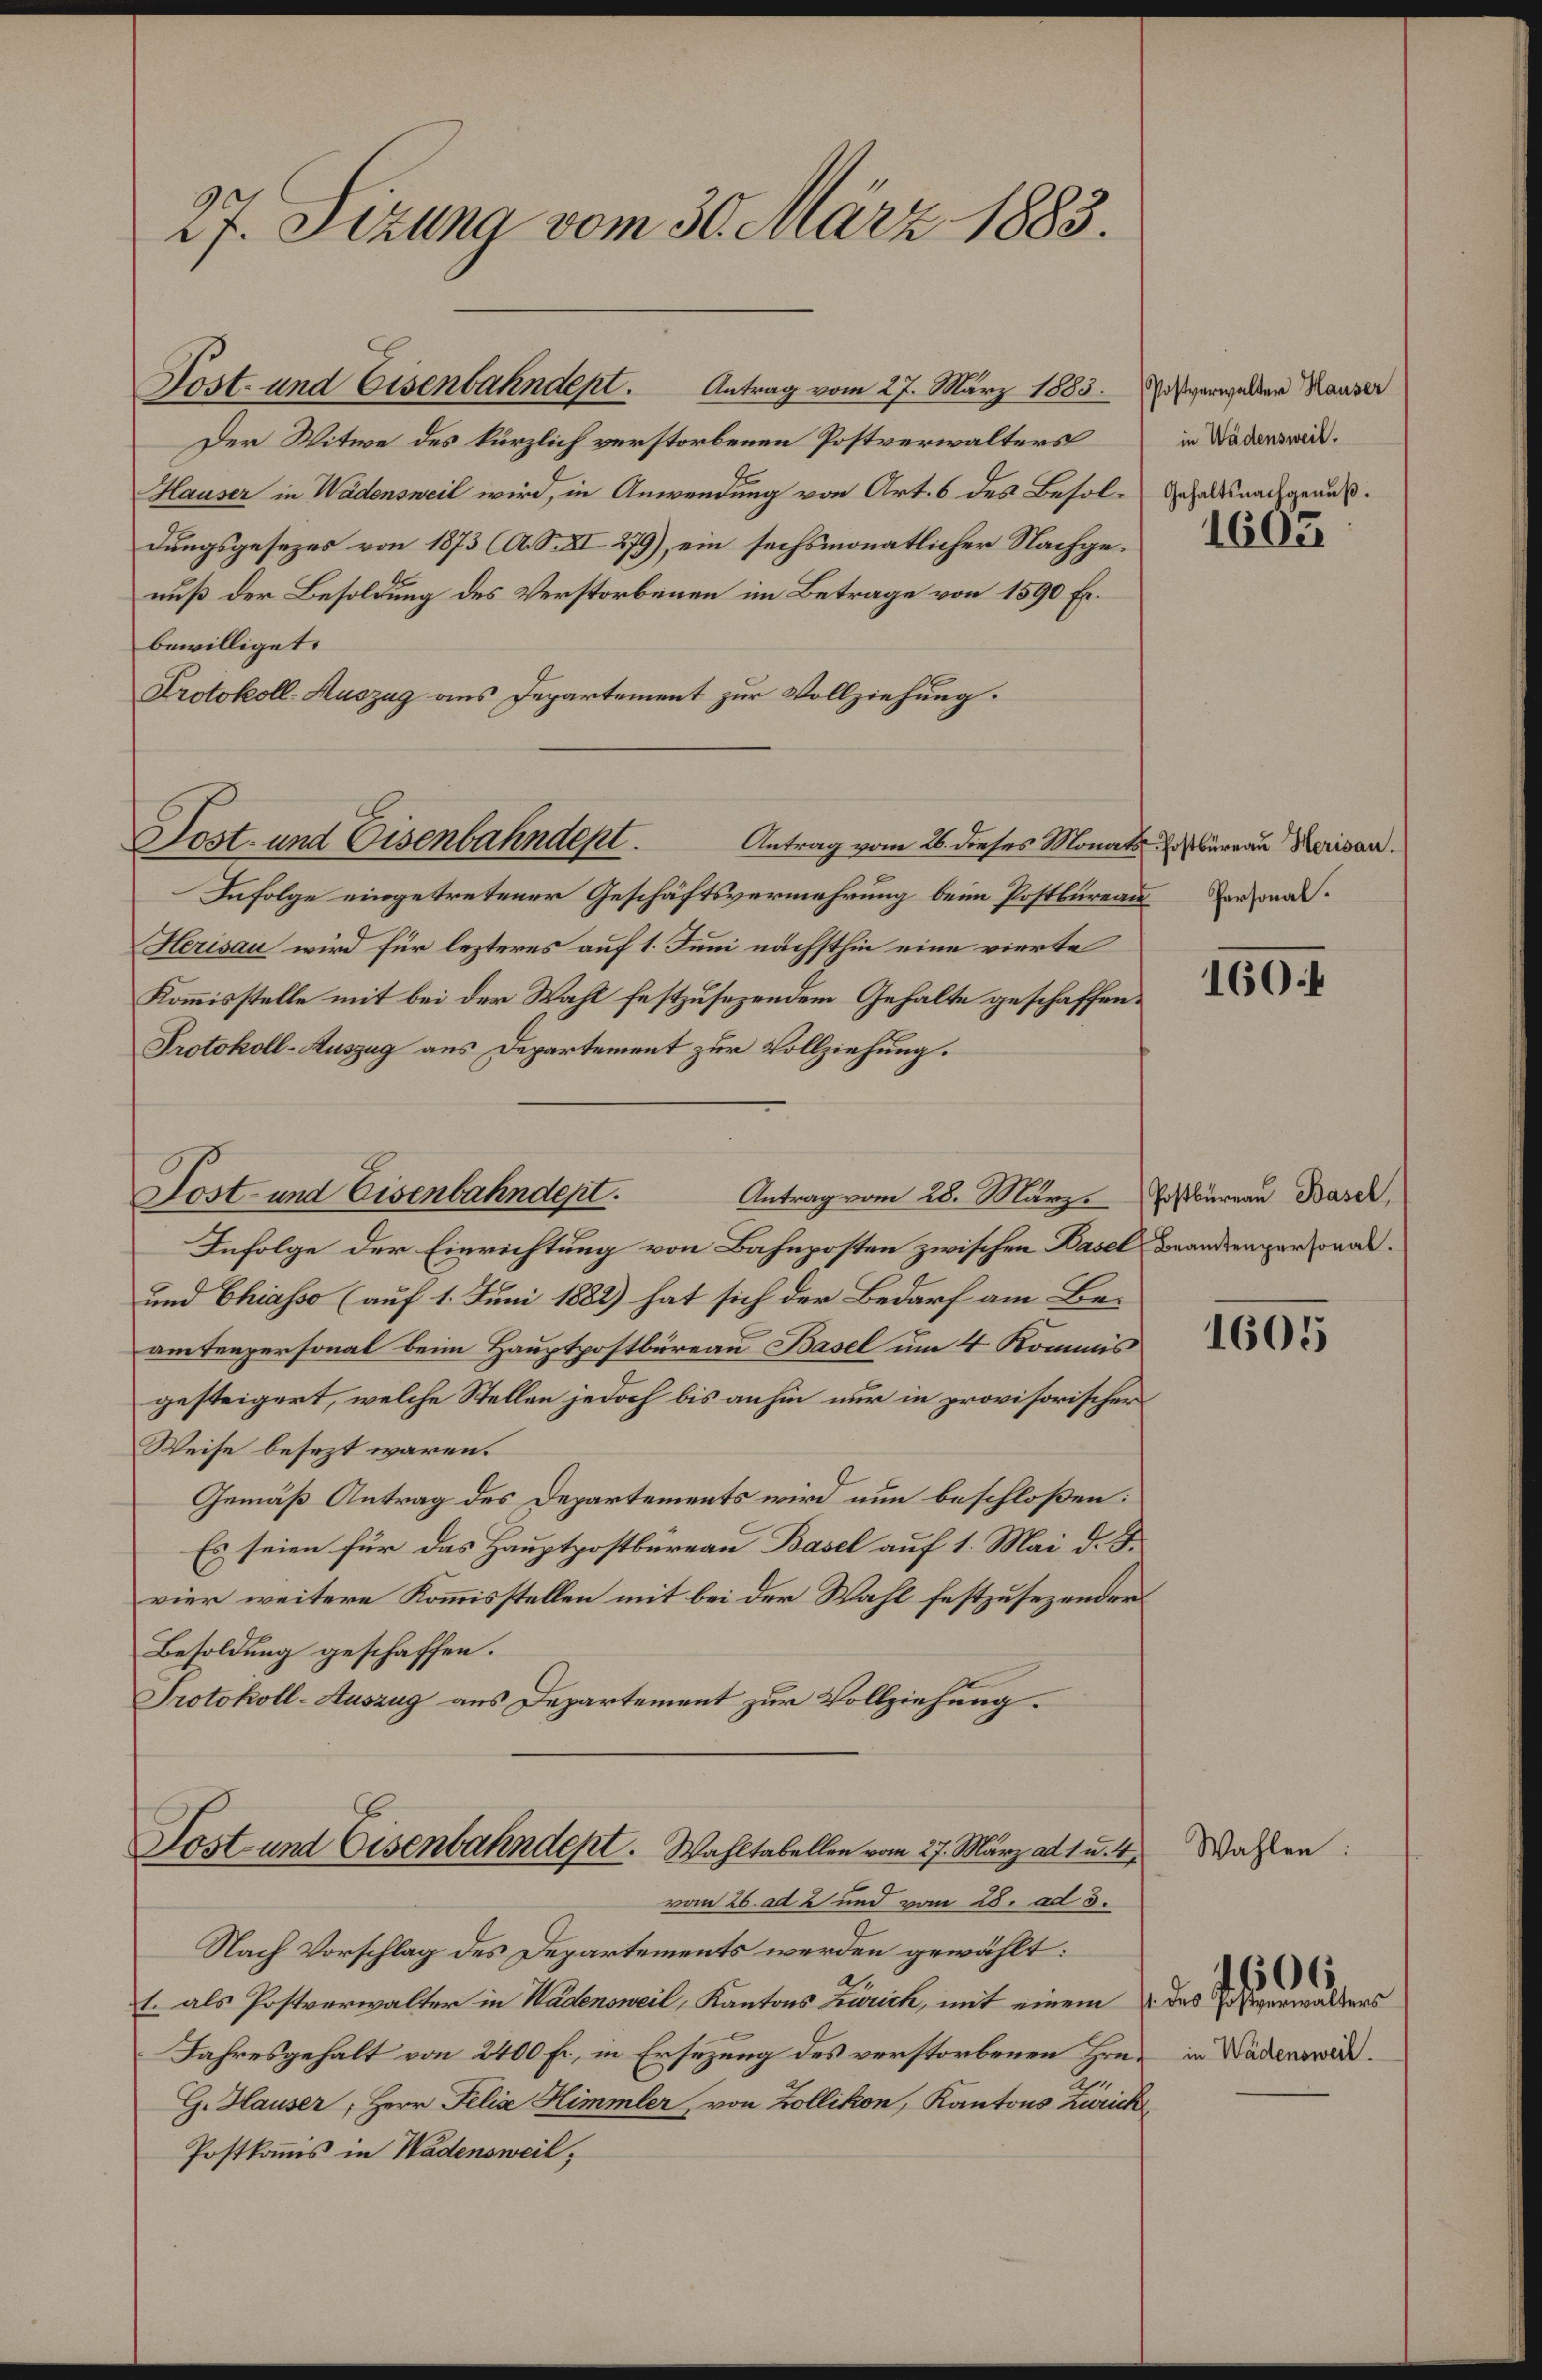
27. Sizung vom 30. März 1883.

Post- und Eisenbahndept.

Sost- und Eisenbahndept. Antrag vom 27. März 1885. verwendene Hauser
Der Witwe des kürzlich verstorbenen Postverwalters
Hauser in Wädensweil wird, in Anwendung von Art. 6 des Besol¬ dehaltsnach geäußdungsgesezes von 1873 (A. S. XI 279), ein sechsmonatlicher Nachgenuß der Besoldung des Verstorbenen im Betrage von 1590 Fr.
bewilliget.
Protokoll-Auszug aus Departement zur Vollziehung.
Antrag vom 26. dieses Monats Postbüreau Herisan.
Infolge eingetretener Geschäftsvermehrung beim Postbureau Verson
Herisau wird für lezteres auf 1. Juni nächsthin eine vierte
Kommisstelle mit bei der Wahl festzusezendem Gehalte geschaffen¬
Protokoll-Auszug aus Departement zur Vollziehung.
Sost- und Eisenbahndept.
Antrag vom 28. März.
Infolge der Einrichtung von Bahnposten zwischen Basel Brandenpersonal¬
und Chiasso (auf 1. Juni 1882) hat sich der Bedarf am Be-
amtenpersonal beim Hauptpostbüreau Basel um 4 Kommis
gesteigert, welche Stellen jedoch bis anhin nur in provisorischer
Weise besezt waren.
Gemäß Antrag des Departements wird nun beschloßen:
Es seien für das Hauptpostbüreau Basel auf 1. Mai d. J.
vier weitere Kommisstellen mit bei der Wahl festzusezender
Besoldung geschaffen.
Protokoll-Auszug aus Departement zur Vollziehung.
Lost- und Eisenbahndept. Wahltabellen vom 27. März ad 1 u. 4,
vom 26. ad 2 und vom 28. ad 3.
Nach Vorschlag des Departements werden gewählt:
1. als Postverwalter in Wadensweil, Kantons Zürich, mit einem das Verwalters
Jahresgehalt von 2400 Fr. in Ersezung des verstorbenen Hrn.
G. Hauser, Herr Felise Himmler, von Zollikon, Kantons Zürich
Postkomis in Wadensweil,

in Wädensweil.

1605

160f

Postbureau Basel,

1605

Wahlen

in Wädensweil.

6